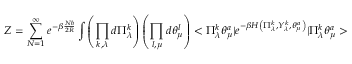
Z = \sum _ { N = 1 } ^ { \infty } e ^ { - \beta \frac { N \hbar } { 2 R } } \int \left( \prod _ { k , \lambda } d \Pi _ { \lambda } ^ { k } \right) \left( \prod _ { l , \mu } d \theta _ { \mu } ^ { l } \right) < \Pi _ { \lambda } ^ { k } \theta _ { \mu } ^ { a } | e ^ { - \beta H \left( \Pi _ { \lambda } ^ { k } , Y _ { \lambda } ^ { k } , \theta _ { \mu } ^ { a } \right) } | \Pi _ { \lambda } ^ { k } \theta _ { \mu } ^ { a } >